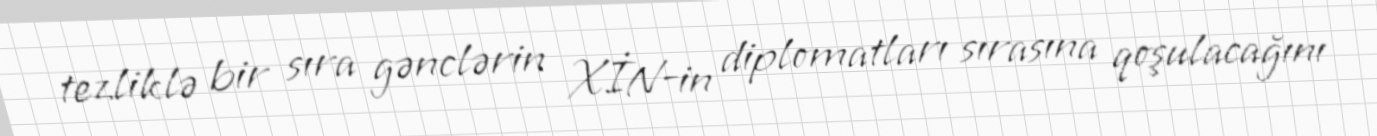
tezliklə bir sıra gənclərin XİN-in diplomatları sırasına qoşulacağını